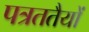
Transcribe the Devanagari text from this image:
पत्रततैयों